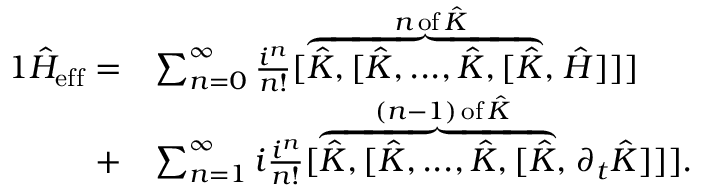
\begin{array} { r l } { { 1 } \hat { H } _ { \mathrm { e f f } } = } & { \sum _ { n = 0 } ^ { \infty } \frac { i ^ { n } } { n ! } [ \stackrel { n \, \mathrm { o f } \, \hat { K } } { \overbrace { \hat { K } , [ \hat { K } , . . . , \hat { K } , [ \hat { K } } , } \hat { H } ] ] ] } \\ { + } & { \sum _ { n = 1 } ^ { \infty } i \frac { i ^ { n } } { n ! } [ \stackrel { ( n - 1 ) \, \mathrm { o f } \, \hat { K } } { \overbrace { \hat { K } , [ \hat { K } , . . . , \hat { K } , [ \hat { K } } , } \partial _ { t } \hat { K } ] ] ] . } \end{array}